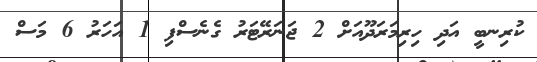
ކުރިނބީ އަދި ހިރިމަރަދޫއަށް 2 ޖަނަރޭޓަރު ގެނެސްފި 1 އަހަރު 6 މަސް